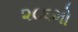
૨૮૬મો